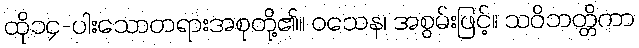
ထို၁၄-ပါးသောတရားအစုတို့၏။ ဝသေန၊ အစွမ်းဖြင့်။ သဝိဘတ္တိကာ